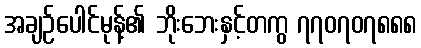
အချဉ်ပေါင်မုန့်၏ ဘိုးဘေးနှင့်တကွ ၇၇၀၇၀၇၈၈၈